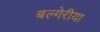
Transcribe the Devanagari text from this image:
बल्गेरीया